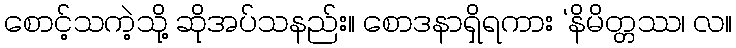
စောင့်သကဲ့သို့ ဆိုအပ်သနည်း။ စောဒနာရှိရကား ‘နိမိတ္တဿ၊ လ။